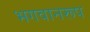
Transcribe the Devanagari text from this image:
भगवानरूप